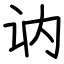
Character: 讷